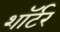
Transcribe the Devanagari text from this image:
शॉर्टर